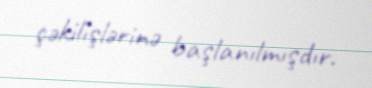
çəkilişlərinə başlanılmışdır.